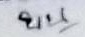
บน